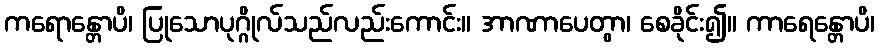
ကရောန္တောပိ၊ ပြုသောပုဂ္ဂိုလ်သည်လည်းကောင်း။ အာဏာပေတွာ၊ စေခိုင်း၍။ ကာရေန္တောပိ၊